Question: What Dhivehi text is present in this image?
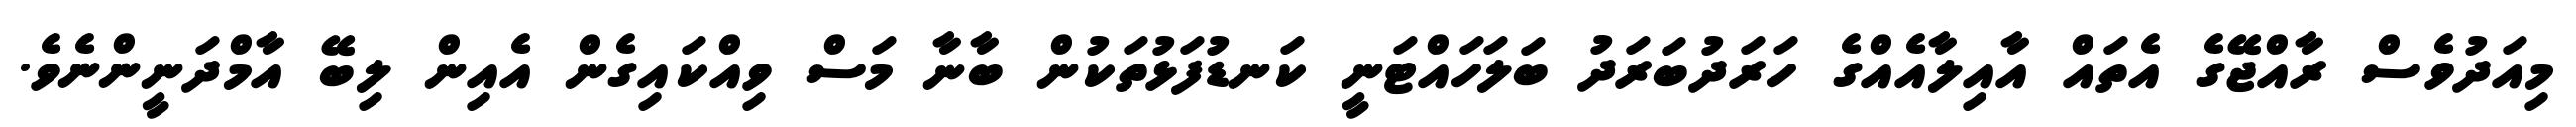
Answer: މިއަދުވެސް ރާއްޖޭގެ އެތައް އާއިލާއެއްގެ ހަރަދުބަރަދު ބަލަހައްޓަނީ ކަނޑުފަޅުތަކުން ބާނާ މަސް ވިއްކައިގެން އެއިން ލިބޭ އާމްދަނީންނެވެ.